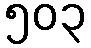
၅၀၃